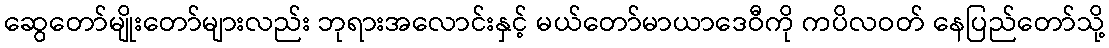
ဆွေတော်မျိုးတော်များလည်း ဘုရားအလောင်းနှင့် မယ်တော်မာယာဒေဝီကို ကပိလဝတ် နေပြည်တော်သို့